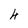
Character: 4